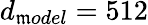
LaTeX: d_{\mathfrak{m}odel}=512